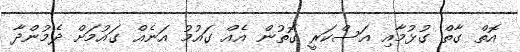
އޮތް ގާތް ގުޅުމާއި އަސްކަރީ ގޮތުން އެއް ގައުމު އަނެއް ގައުމަށް ދެމުންދާ